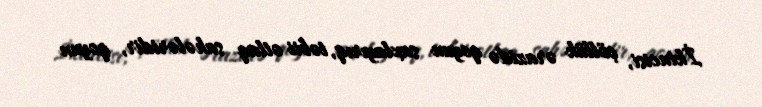
İkincisi, çöllük ərazidə qoyun saxlayırıq, təbii otlaq sahələridir, qoyun